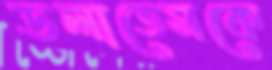
ডলাতেমকে